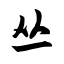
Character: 丛